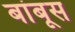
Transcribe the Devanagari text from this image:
बांबूस